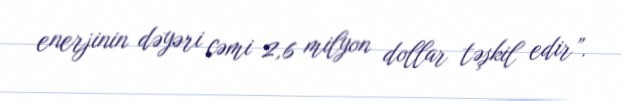
enerjinin dəyəri cəmi 2,6 milyon dollar təşkil edir”.